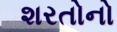
શરતોનો